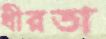
ধীরতা